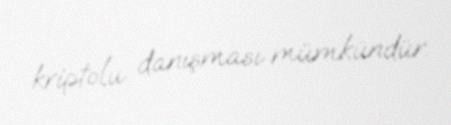
kriptolu danışması mümkündür.